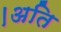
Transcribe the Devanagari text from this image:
।अति